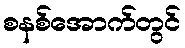
စနစ်အောက်တွင်